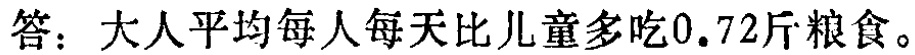
答：大人平均每人每天比儿童多吃0.72斤粮食。